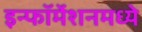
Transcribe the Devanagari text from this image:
इन्फॉर्मेशनमध्ये